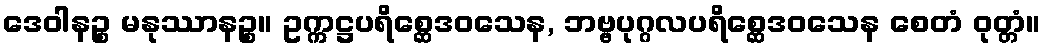
ဒေဝါနဉ္စ မနုဿာနဉ္စ။ ဥက္ကဋ္ဌပရိစ္ဆေဒဝသေန, ဘဗ္ဗပုဂ္ဂလပရိစ္ဆေဒဝသေန စေတံ ဝုတ္တံ။